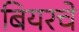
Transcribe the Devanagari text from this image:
बियरचे